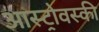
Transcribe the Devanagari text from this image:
आस्ट्रोवस्की